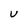
Character: u